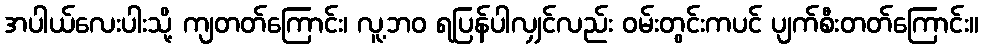
အပါယ်လေးပါးသို့ ကျတတ်ကြောင်း၊ လူ့ဘဝ ရပြန်ပါလျှင်လည်း ဝမ်းတွင်းကပင် ပျက်စီးတတ်ကြောင်း။